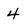
Character: 4